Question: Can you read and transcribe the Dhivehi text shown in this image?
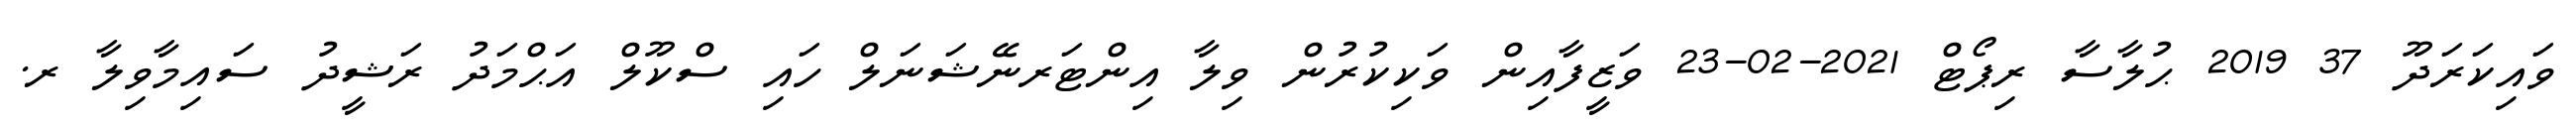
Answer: ވައިކަރަދޫ 37 2019 ޙުލާސާ ރިޕޯޓް 2021-02-23 ވަޒީފާއިން ވަކިކުރުން ވިލާ އިންޓަރނޭޝަނަލް ހައި ސްކޫލް އަޙްމަދު ރަޝީދު ސައިމާވިލާ ރ.